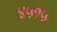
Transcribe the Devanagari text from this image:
४५१५